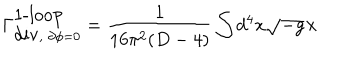
\Gamma _ { \mathrm { d i v } , \; \partial \phi = 0 } ^ { \mathrm { 1 - l o o p } } = \frac { 1 } { 1 6 \pi ^ { 2 } ( D - 4 ) } \int d ^ { 4 } x \sqrt { - g } \times